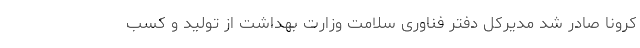
کرونا صادر شد مدیرکل دفتر فناوری سلامت وزارت بهداشت از تولید و کسب